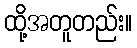
ထို့အတူတည်း။